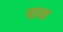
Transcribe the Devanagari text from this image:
दाड